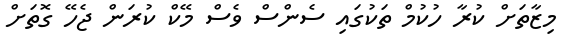
މިޒާތަށް ކުރާ ހުކުމް ތަކުގައި ސެންސް ވެސް މޭކް ކުރަން ޖެހޭ ގޮތަށް